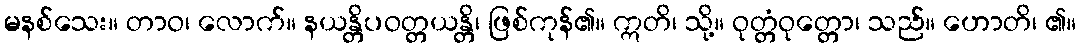
မနစ်သေး။ တာဝ၊ လောက်။ နယန္တိပဝတ္တယန္တိ၊ ဖြစ်ကုန်၏။ ဣတိ၊ သို့။ ဝုတ္တံဝုတ္တော၊ သည်။ ဟောတိ၊ ၏။